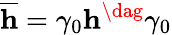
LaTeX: \overline{{{\mathbf{h}}}}=\gamma_{0}\mathbf{h}^{\dag}\gamma_{0}